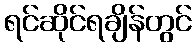
ရင်ဆိုင်ရချိန်တွင်